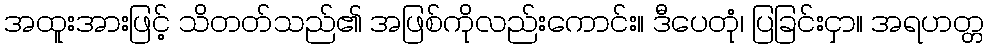
အထူးအားဖြင့် သိတတ်သည်၏ အဖြစ်ကိုလည်းကောင်း။ ဒီပေတုံ၊ ပြခြင်းငှာ။ အရဟတ္တ